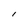
Character: l